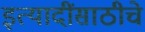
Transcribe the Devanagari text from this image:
इत्यादींसाठीचे